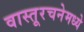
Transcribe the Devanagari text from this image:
वास्तूरचनेमध्ये